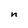
Character: n